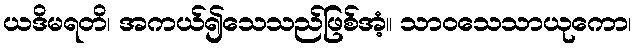
ယဒိမရတိ၊ အကယ်၍သေသည်ဖြစ်အံ့။ သာဝသေသာယုကော၊